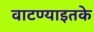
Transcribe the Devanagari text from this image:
वाटण्याइतके